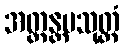
အတ္တန္တပသုတ္တံ